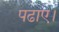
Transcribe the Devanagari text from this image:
पढाए।